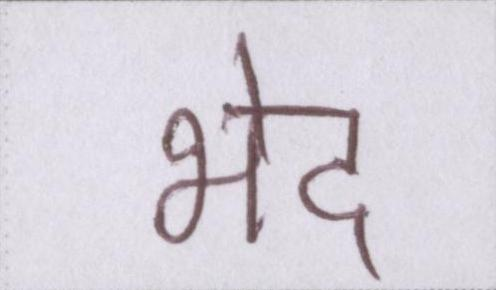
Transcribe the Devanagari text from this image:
भेद